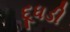
દૂધડી